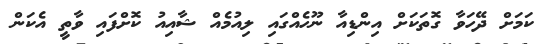
ކަމަށް ދޭހަވާ ގޮތަކަށް އިންޑިއާ ނޫހެއްގައި ލިއުމެއް ޝާއިއު ކޮށްފައި ވާތީ އެކަން